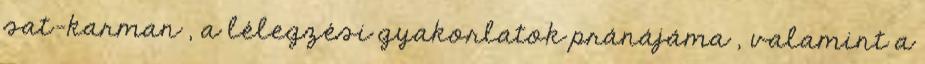
sat-karman , a lélegzési gyakorlatok pránájáma , valamint a